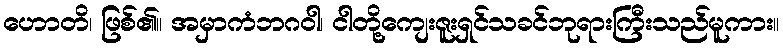
ဟောတိ၊ ဖြစ်၏။ အမှာကံဘဂဝါ၊ ငါတို့ကျေးဇူးရှင်သခင်ဘုရားကြီးသည်မူကား။